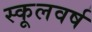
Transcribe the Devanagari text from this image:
स्कूलवर्ष